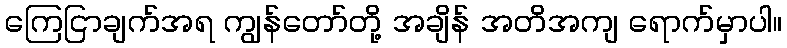
ကြေငြာချက်အရ ကျွန်တော်တို့ အချိန် အတိအကျ ရောက်မှာပါ။